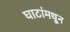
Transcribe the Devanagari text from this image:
घाटांमधून